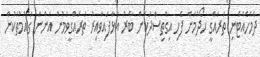
ދެމެހެއްޓެނި ތަރައްގީ ހޯދުމަށް ފެހި އިގްތިސާދަކަށް ބާރު އަޅާފައިވާއިރު ތަރައްގީވަމުން އަންނަ ގައުމުތަކުން